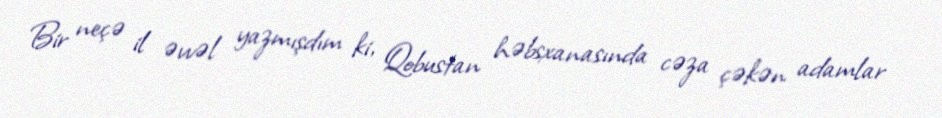
Bir neçə il əvvəl yazmışdım ki, Qobustan həbsxanasında cəza çəkən adamlar